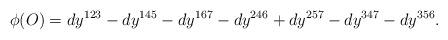
LaTeX: \begin{align*}\phi(O)=dy^{123}-dy^{145}-dy^{167}-dy^{246}+dy^{257}-dy^{347}-dy^{356}.\end{align*}